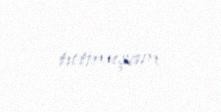
tutmuşam.